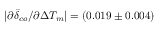
| \partial \bar { \delta } _ { c o } / \partial \Delta T _ { m } | = ( 0 . 0 1 9 \pm 0 . 0 0 4 )